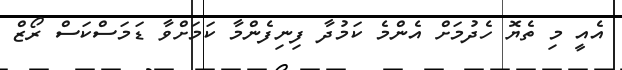
އެއީ މި ތެޔޮ ހެދުމަށް އެންމެ ކަމުދާ ފިނިފެންމާ ކަމަށްވާ ޑަމަސްކަސް ރޯޒް